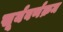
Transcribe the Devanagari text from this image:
सूर्यवर्णक्रम